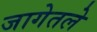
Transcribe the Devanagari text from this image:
जागेतले